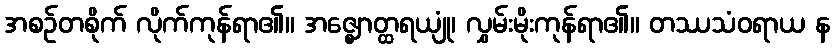
အစဉ်တစိုက် လိုက်ကုန်ရာ၏။ အဇ္ဈောတ္ထရယျုံ၊ လွှမ်းမိုးကုန်ရာ၏။ တဿသံဝရာယ န